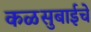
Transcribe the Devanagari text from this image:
कळसुबाईचे